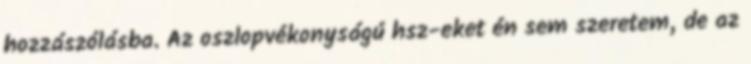
hozzászólásba. Az oszlopvékonyságú hsz-eket én sem szeretem, de az